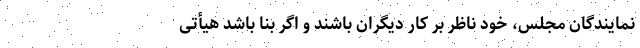
نمایندگان مجلس، خود ناظر بر کار دیگران باشند و اگر بنا باشد هیأتی